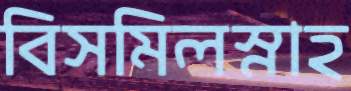
বিসমিলস্নাহ